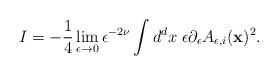
LaTeX: \begin{align*}I=-{1\over 4}\lim_{\epsilon\to 0}\epsilon^{-2\nu}\int d^dx\; \epsilon \partial_\epsilon A_{\epsilon,i}({\bf x})^2.\end{align*}